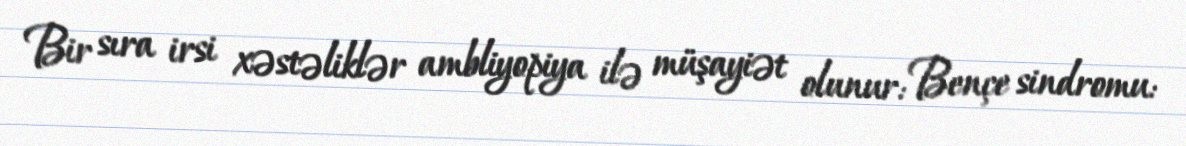
Bir sıra irsi xəstəliklər ambliyopiya ilə müşayiət olunur: Bençe sindromu: